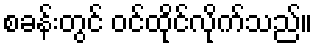
စခန်းတွင် ဝင်ထိုင်လိုက်သည်။